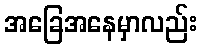
အခြေအနေမှာလည်း